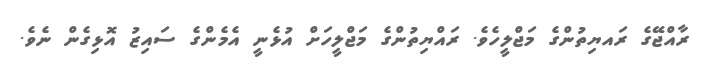
ރާއްޖޭގެ ރައޔިތުންގެ މަޖްލީހެވެ. ރައްޔިތުންގެ މަޖްލީހަށް އުޅެނީ އެމެންގެ ސައިޒު އޮޅިގެން ނެވެ.